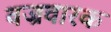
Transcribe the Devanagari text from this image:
वज्रवारक